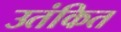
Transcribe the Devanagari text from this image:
उतंकित